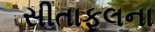
સીતાફલના